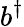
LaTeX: b^{\dagger}